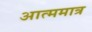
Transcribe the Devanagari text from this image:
आत्ममात्र